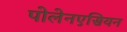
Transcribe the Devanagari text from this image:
पोलेनएसियन